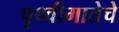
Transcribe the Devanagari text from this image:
पृथ्वीमातेचे